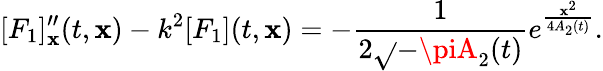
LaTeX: [F_{1}]_{\mathbf{x}}^{\prime\prime}(t,\mathbf{x})-k^{2}[F_{1}](t,\mathbf{x})=-\frac{{1}}{{2\sqrt{}{{-\piA_{2}(t)}}}}e^{\frac{{\mathbf{x}^{2}}}{{4A_{2}(t)}}}.